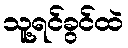
သူ့ရင်ခွင်ထဲ